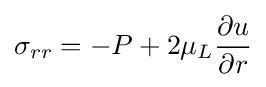
\sigma _{rr}=-P+2\mu _{L}{\frac {\partial u}{\partial r}}